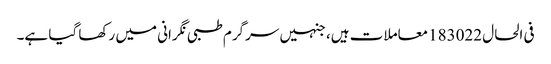
فی الحال 183022معاملات ہیں، جنہیں سرگرم طبی نگرانی میں رکھا گیا ہے۔